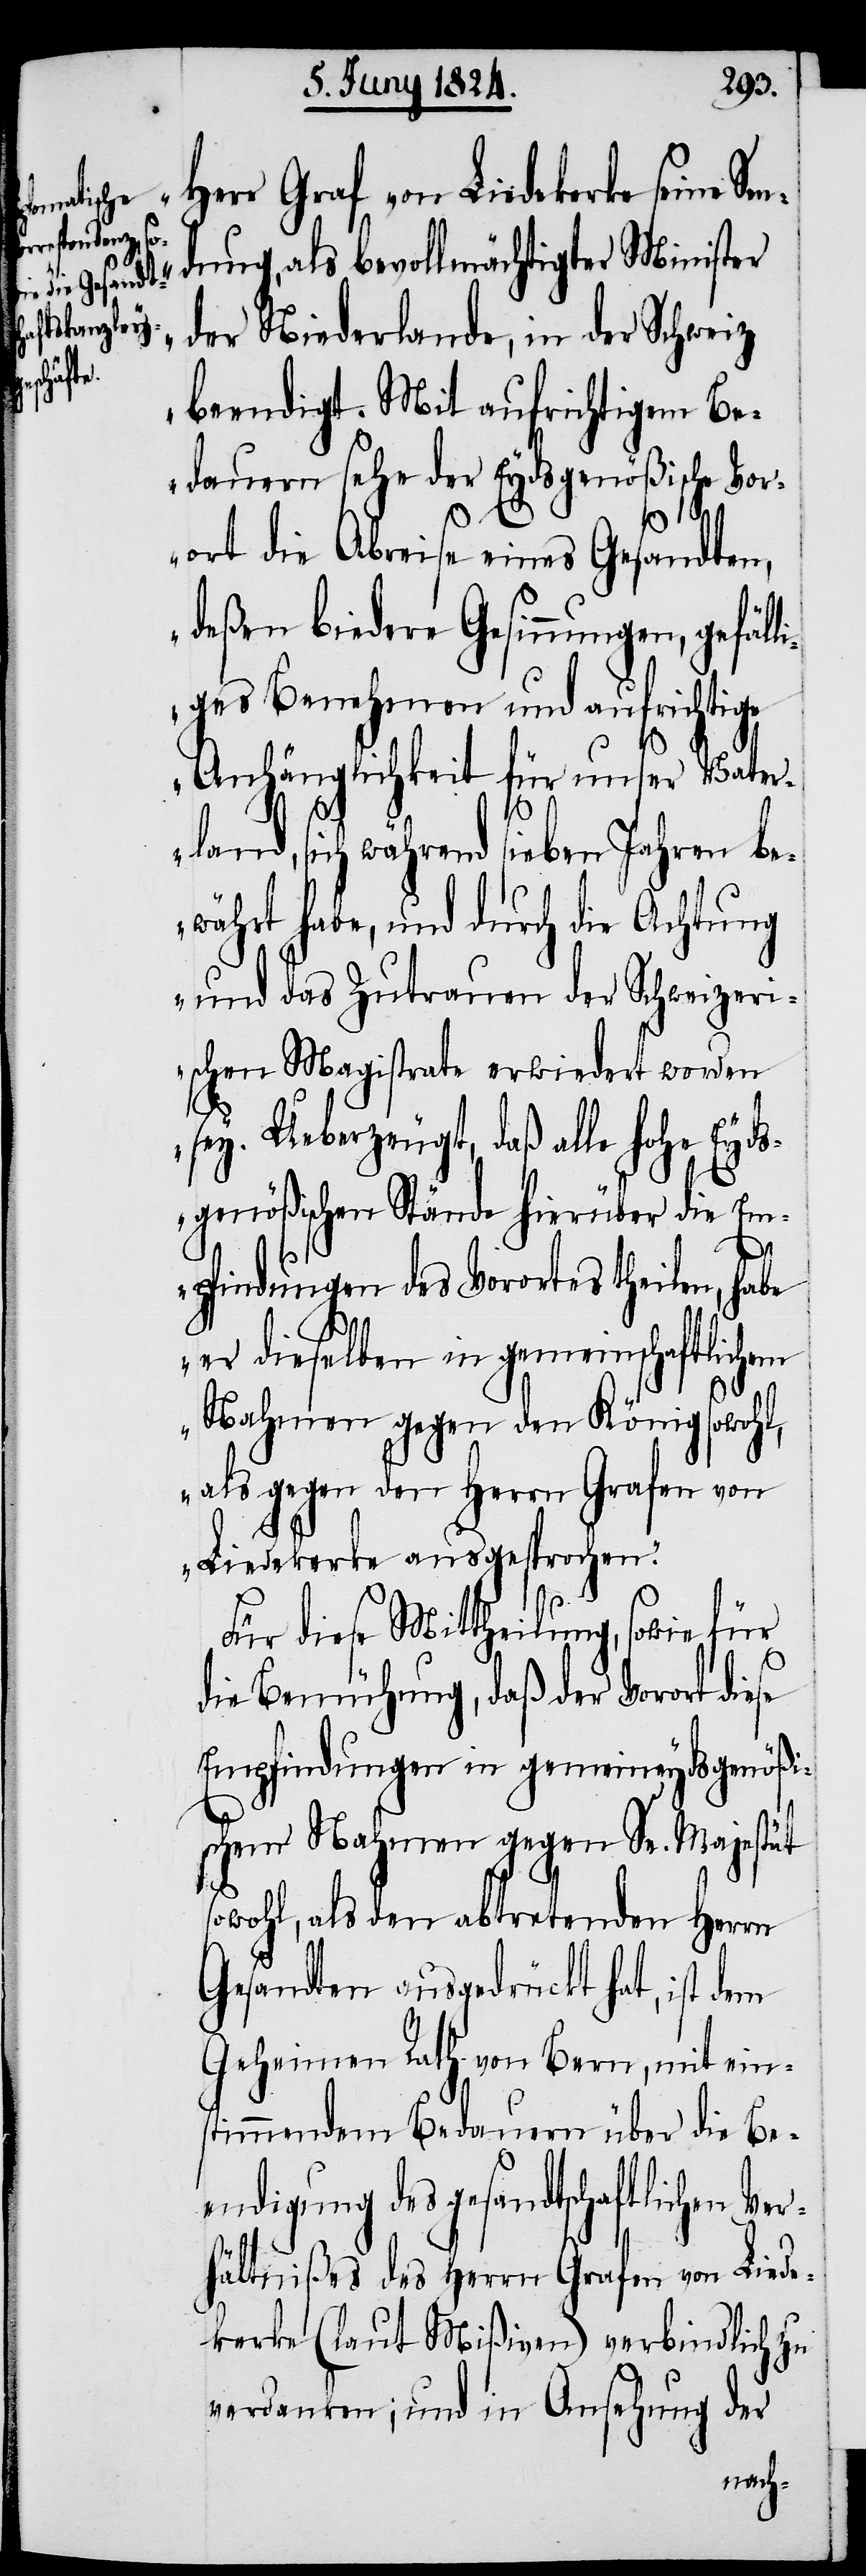
Herr Graf von Liedekerke seine
dung, als bevollmächtigter Minister
der Niederlande, in der Schweiz
beendigt. Mit aufrichtigem Be¬
dauern sehe der Eydsgenößische Vor¬
ort die Abreise eines Gesandten,
deßen biedere Gesinnungen, gefäll¬
iges Benehmen und aufrichtige
Anhänglichkeit für unser Vater¬
Sen¬
land, sich während sieben Jahren be¬
währt habe, und durch die Achtung
und das Zutrauen der Schweizeri¬
schen Magistrate erwiedert worden
sey. Ueberzeugt, daß alle hohe Eyds¬
genößischen Stände hierüber die Em¬
pfindungen des Vorortes theilen, habe
er dieselben in gemeinschaftlichem
Nahmen gegen den König sowohl,
als gegen den Herrn Grafen von
Liedekerke ausgesprochen.“
Für diese Mittheilung, sowie
die Bemühung, daß der Vorort diese
Empfindungen in gemeineydsgenößi¬
schem Nahmen gegen Se. Majestät
sowohl, als den abtretenden Herrn
Gesandten ausgedrückt hat, ist dem
Geheimen Rath von Bern, mit ein¬
stimmendem Bedauern über die Be¬
endigung des gesandtschaftlichen Ve¬
rhältnißes des Herrn Grafen von Liede¬
kerke (laut Mißiven) verbindlich zu
verdanken; und in Ansehnung der